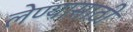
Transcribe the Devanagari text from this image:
लेण्यासाठी